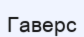
Гаверс